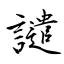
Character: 譴